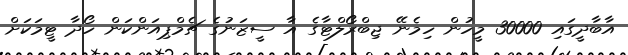
އާބާދީގައި 30000 މީހުން ހިމެނޭ ޖިބްރޯލްޓާގެ އާ ސީޒަނުގެ ޗެމްޕިއަންކަން ހޯދާ ޓީމަކަށް